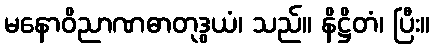
မနောဝိညာဏဓာတုဒွယံ၊ သည်။ နိဋ္ဌိတံ၊ ပြီး။